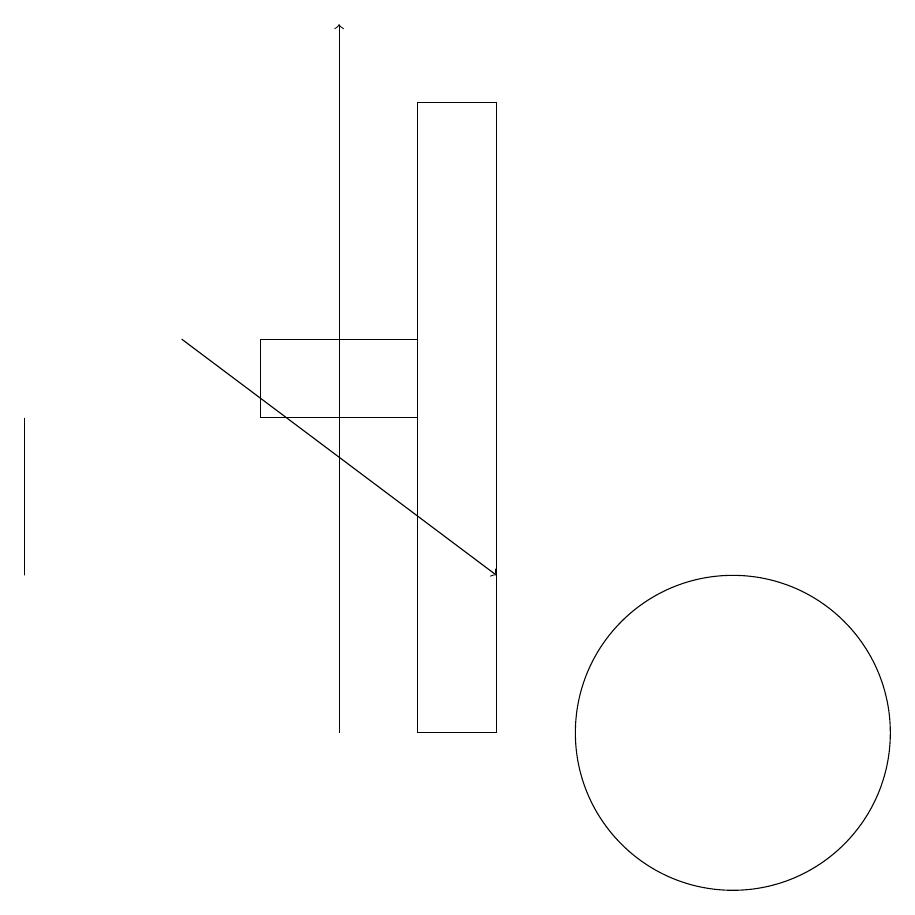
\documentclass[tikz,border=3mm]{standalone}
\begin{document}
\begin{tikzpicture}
\draw (4,14) rectangle (6,15);
\draw[->] (3,15) -- (7,12);
\draw (10,10) circle (2);
\draw[->] (5,10) -- (5,19);
\draw (6,18) rectangle (7,10);
\draw (1,14) rectangle (1,12);
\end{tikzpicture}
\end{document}